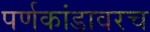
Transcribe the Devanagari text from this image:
पर्णकांडावरच